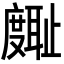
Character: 𪪪